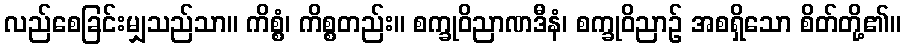
လည်စေခြင်းမျှသည်သာ။ ကိစ္စံ၊ ကိစ္စတည်း။ စက္ခုဝိညာဏဒီနံ၊ စက္ခုဝိညာဉ် အစရှိသော စိတ်တို့၏။